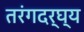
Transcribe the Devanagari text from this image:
तरंगदर्घ्य